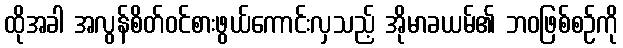
ထိုအခါ အလွန်စိတ်ဝင်စားဖွယ်ကောင်းလှသည့် အိုမာခယမ်၏ ဘဝဖြစ်စဉ်ကို